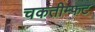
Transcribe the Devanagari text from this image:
चकतीम्फट